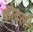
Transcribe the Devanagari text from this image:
कोदली